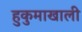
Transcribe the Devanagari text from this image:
हुकुमाखाली